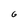
Character: 6